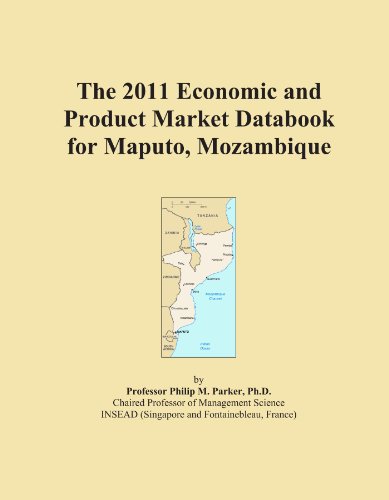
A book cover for The 2011 Economic and Product Market Databook for Maputo, Mozambique; Icon Group International; Travel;